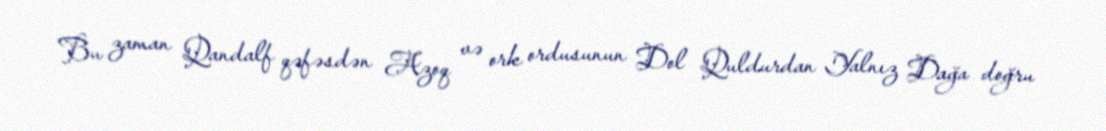
Bu zaman Qandalf qəfəsdən Azoq və ork ordusunun Dol Quldurdan Yalnız Dağa doğru